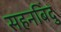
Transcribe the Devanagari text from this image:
सहनबिंदु